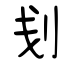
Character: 刬